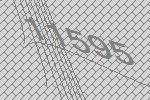
11595